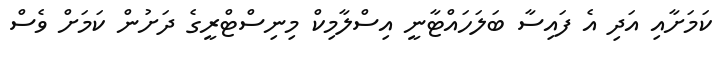
ކަމަށާއި އަދި އެ ފައިސާ ބަލަހައްޓާނީ އިސްލާމިކް މިނިސްޓްރީގެ ދަށުން ކަމަށް ވެސް